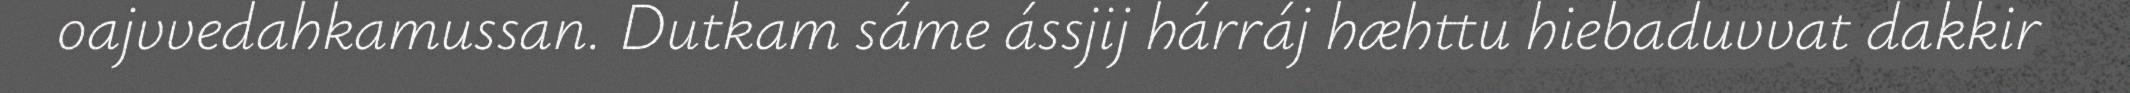
oajvvedahkamussan. Dutkam sáme ássjij hárráj hæhttu hiebaduvvat dakkir